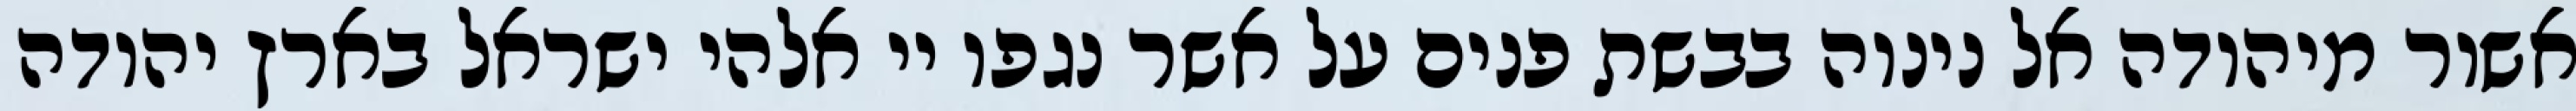
אשור מיהודה אל נינוה בבשת פנים על אשר נגפו יי אלהי ישראל בארץ יהודה